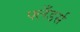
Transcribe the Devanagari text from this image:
फ्लँडर्स